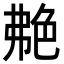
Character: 艴